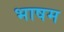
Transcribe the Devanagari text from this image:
भाषम